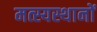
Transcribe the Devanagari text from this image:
मत्स्यस्थानों